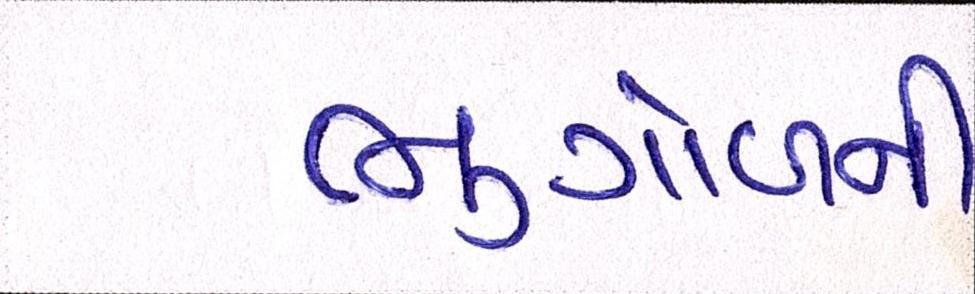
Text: ભુગોળની